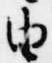
由